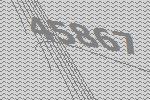
45867